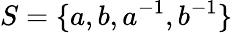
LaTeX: S=\{ a,b,a^{-1},b^{-1}\}